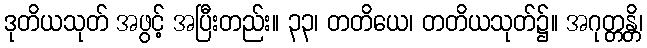
ဒုတိယသုတ် အဖွင့် အပြီးတည်း။ ၃၃၊ တတိယေ၊ တတိယသုတ်၌။ အဂုတ္တန္တိ၊